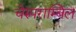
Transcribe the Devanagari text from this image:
चेरुपराम्बिल